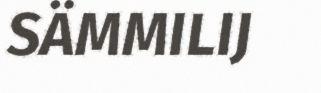
SÄMMILIJ